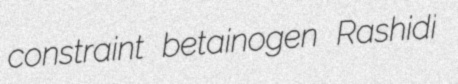
constraint betainogen Rashidi